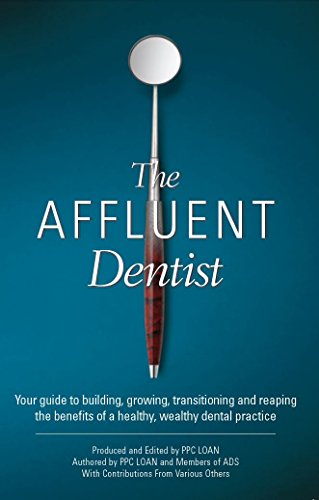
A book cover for The Affluent Dentist: Your guide to building, growing, transitioning and reaping  the benefits of a healthy, wealthy dental practice; Mac Winston; Medical Books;